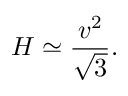
H \simeq \frac { v ^ { 2 } } { \sqrt { 3 } } .